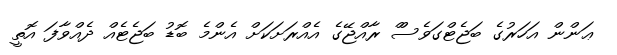
ޢަންން އަހަރުގެ ބަޖެޓްގަވެސްް ރާއްޖޭގެ އެއްރަށަކަށް އެންމެ ބޮޑު ބަޖެޓެއް ދެއްވާފަ އޮތީ